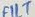
Text: FILT